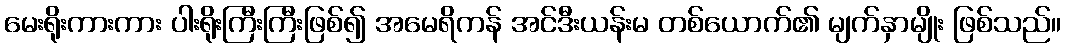
မေးရိုးကားကား ပါးရိုးကြီးကြီးဖြစ်၍ အမေရိကန် အင်ဒီးယန်းမ တစ်ယောက်၏ မျက်နှာမျိုး ဖြစ်သည်။